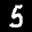
Label: 5